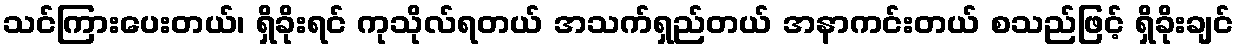
သင်ကြားပေးတယ်၊ ရှိခိုးရင် ကုသိုလ်ရတယ် အသက်ရှည်တယ် အနာကင်းတယ် စသည်ဖြင့် ရှိခိုးချင်